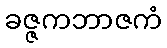
ခဇ္ဇကဘာဇကံ